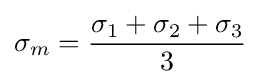
\sigma _{m}={\frac {\sigma _{1}+\sigma _{2}+\sigma _{3}}{3}}